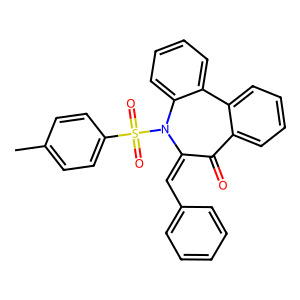
SMILES: Cc1ccc(S(=O)(=O)N2C(=Cc3ccccc3)C(=O)c3ccccc3-c3ccccc32)cc1
Inhibits HIV replication: No